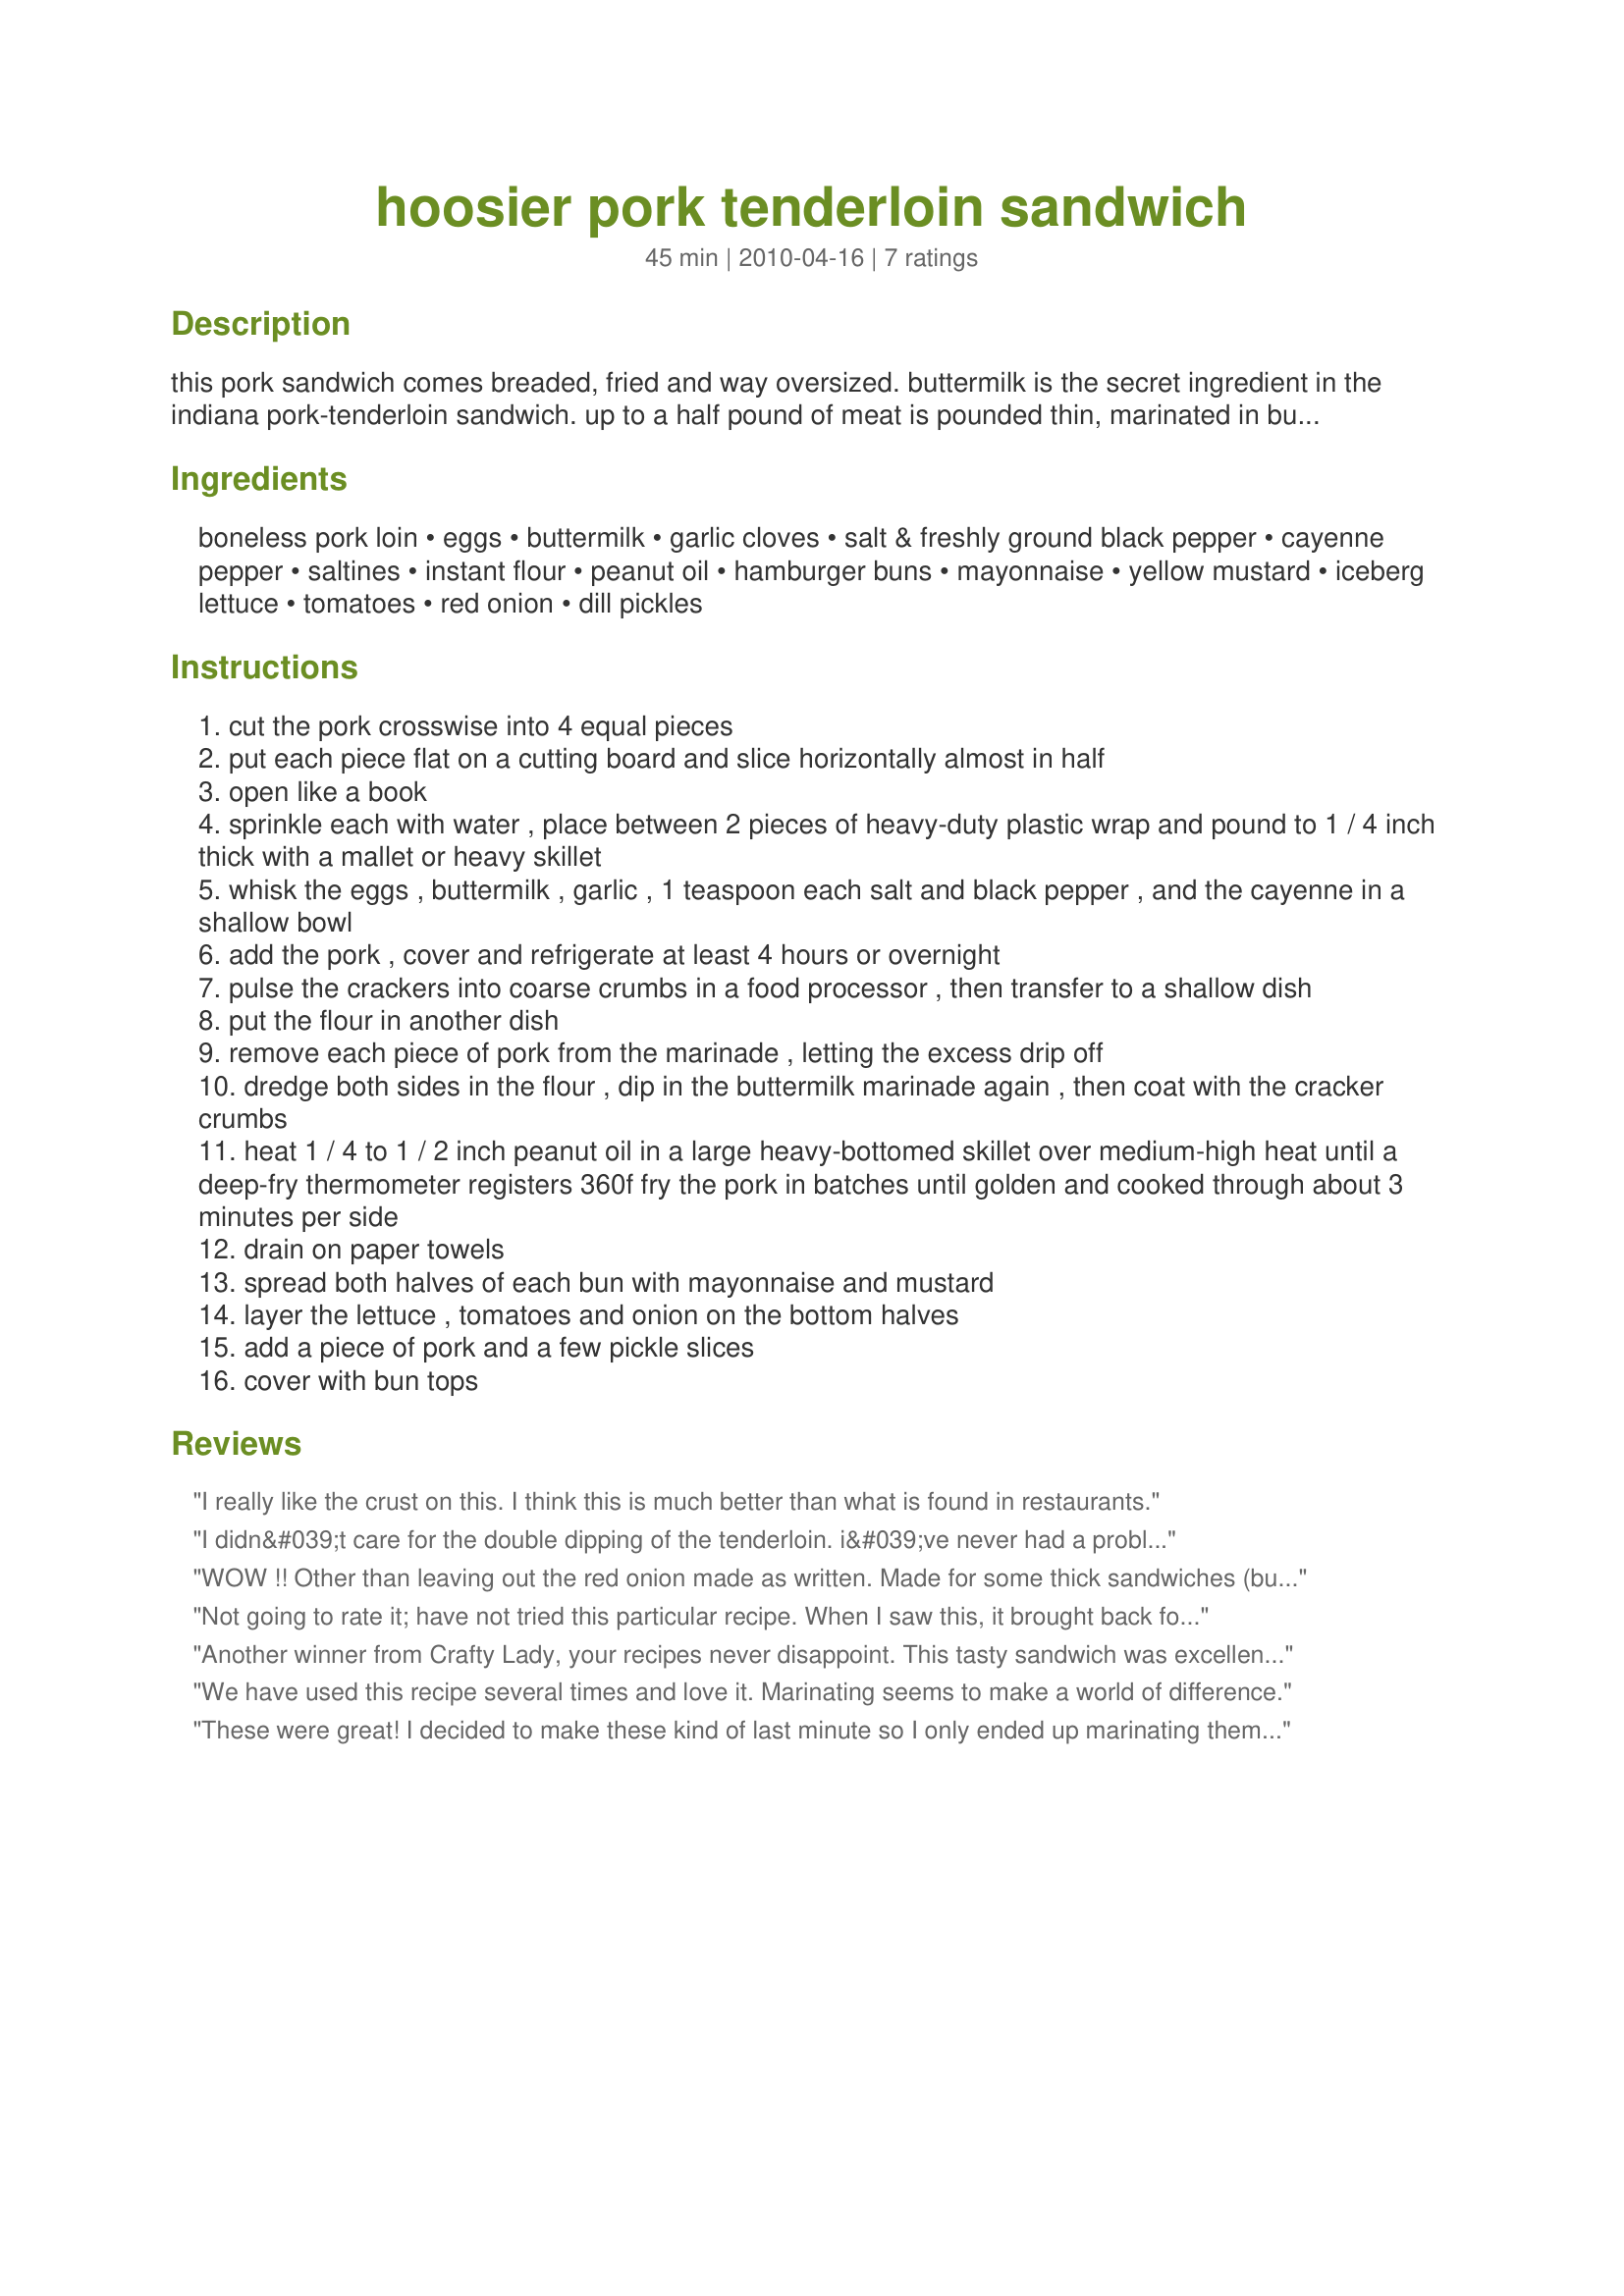
hoosier pork tenderloin sandwich
Preparation time: 45 minutes

this pork sandwich comes breaded, fried and way oversized. buttermilk is the secret ingredient in the indiana pork-tenderloin sandwich. up to a half pound of meat is pounded thin, marinated in buttermilk, breaded with cracker crumbs, fried and served, despite its size on a regular hamburger bun. at some restaurants, the pork is a foot in diameter! try this recipe from the food network kitchens. note: time does not include marinating time.

Ingredients:
boneless pork loin, eggs, buttermilk, garlic cloves, salt & freshly ground black pepper, cayenne pepper, saltines, instant flour, peanut oil, hamburger buns, mayonnaise, yellow mustard, iceberg lettuce, tomatoes, red onion, dill pickles

Steps:
cut the pork crosswise into 4 equal pieces
put each piece flat on a cutting board and slice horizontally almost in half
open like a book
sprinkle each with water , place between 2 pieces of heavy-duty plastic wrap and pound to 1 / 4 inch thick with a mallet or heavy skillet
whisk the eggs , buttermilk , garlic , 1 teaspoon each salt and black pepper , and the cayenne in a shallow bowl
add the pork , cover and refrigerate at least 4 hours or overnight
pulse the crackers into coarse crumbs in a food processor , then transfer to a shallow dish
put the flour in another dish
remove each piece of pork from the marinade , letting the excess drip off
dredge both sides in the flour , dip in the buttermilk marinade again , then coat with the cracker crumbs
heat 1 / 4 to 1 / 2 inch peanut oil in a large heavy-bottomed skillet over medium-high heat until a deep-fry thermometer registers 360f fry the pork in batches until golden and cooked through about 3 minutes per side
drain on paper towels
spread both halves of each bun with mayonnaise and mustard
layer the lettuce , tomatoes and onion on the bottom halves
add a piece of pork and a few pickle slices
cover with bun tops

Reviews:
I really like the crust on this. I think this is much better than what is found in restaurants.
I didn&#039;t care for the double dipping of the tenderloin. i&#039;ve never had a problem with cracker crumbs not sticking , so the egg dip made the breading soggy and a lot of it flaked off. The sandwich was okay, but seemed to have that &quot;eggy&quot; taste.
WOW !! Other than leaving out the red onion made as written. Made for some thick sandwiches (burgers). Made for a nice burger. Wanted to grill them, but was afraid the peanut oil would go to bottom of the grill. Glad I did not.
Not going to rate it; have not tried this particular recipe. When I saw this, it brought back fond memories of when we would visit my Hoosier relatives (Ft. Wayne, Columbia City). There was a restaurant that served a similar recipe (minus the cayenne pepper). They are so good! Thanks for the memories.
Another winner from Crafty Lady, your recipes never disappoint. This tasty sandwich was excellent. So much flavor, yummy, thinking about it is making me crave it again. I marinated the meat overnight. Made exactly as written, wouldn&#039;t change a thing. That said, I did substitute romaine lettuce for the iceberg lettuce and sweet white onions for the red ones, (it was what I had on hand) they worked great in this recipe. So good, really worth the extra effort. I really enjoyed the mayonnaise and yellow mustard combo. The dill pickles are a must for the overall flavor profile. Thanks for sharing another winner that has gone into my Favorites Cookbook for 2013. Kudos
We have used this recipe several times and love it. Marinating seems to make a world of difference.
These were great! I decided to make these kind of last minute so I only ended up marinating them for about 30 minutes and they still turned out tender. I used the instant flour and saltines as the recipe suggested and the breading was perfect. This was my first time having a tenderloin sandwich and I LOVED it. Even my mother in law who is from Iowa and has eaten her fair share of tenderloin sandwiches gave her stamp of approval. I will absolutely be making these again!
